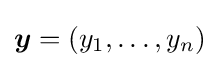
{\boldsymbol {y}}=(y_{1},\dots ,y_{n})